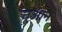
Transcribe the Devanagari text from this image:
चूआन